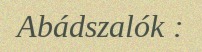
Abádszalók :